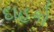
દાહકો